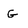
Character: G